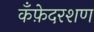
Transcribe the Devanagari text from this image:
कँफ़ेदरशण